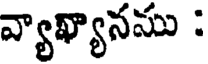
వ్యాఖ్యానము :